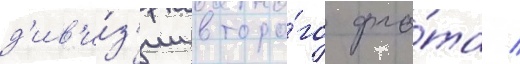
д'ив'и́з'ии второ́го фло́та /